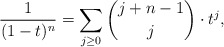
\begin{align*}\frac{1}{(1-t)^n} = \sum_{j \ge 0} \binom{j+n-1}{j} \cdot t^j , \end{align*}